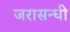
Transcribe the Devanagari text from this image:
जरासन्धी